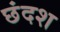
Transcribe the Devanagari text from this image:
छंदश